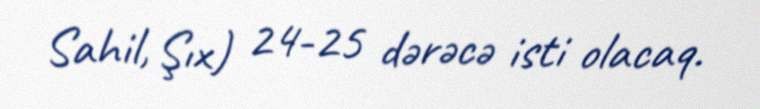
Sahil, Şıx) 24-25 dərəcə isti olacaq.